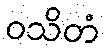
ဝသိတံ